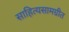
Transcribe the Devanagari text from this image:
साहित्यसामग्रीत